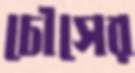
চৌসের